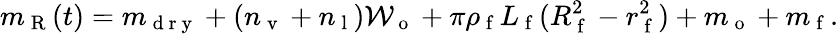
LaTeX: m_{\mathrm{~R~}}(t)=m_{\mathrm{~d~r~y~}}+(n_{\mathrm{~v~}}+n_{\mathrm{~l~}})\mathcal{W}_{\mathrm{~o~}}+\pi\rho_{\mathrm{~f~}}L_{\mathrm{~f~}}(R_{\mathrm{~f~}}^{2}-r_{\mathrm{~f~}}^{2})+m_{\mathrm{~o~}}+m_{\mathrm{~f~}}.